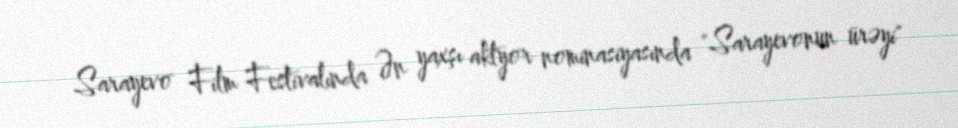
Sarayevo Film Festivalında Ən yaxşı aktyor nominasiyasında "Sarayevonun ürəyi"